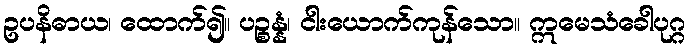
ဥပနိဓာယ၊ ထောက်၍။ ပဉ္စန္နံ၊ ငါးယောက်ကုန်သော။ ဣမေသံခေါပုဂ္ဂ